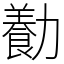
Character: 㔦